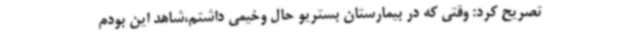
تصریح کرد: وقتی که در بیمارستان بستریو حال وخیمی داشتم،شاهد این بودم